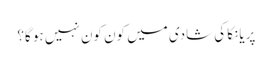
پریانکا کی شادی میں کون کون نہیں ہو گا؟